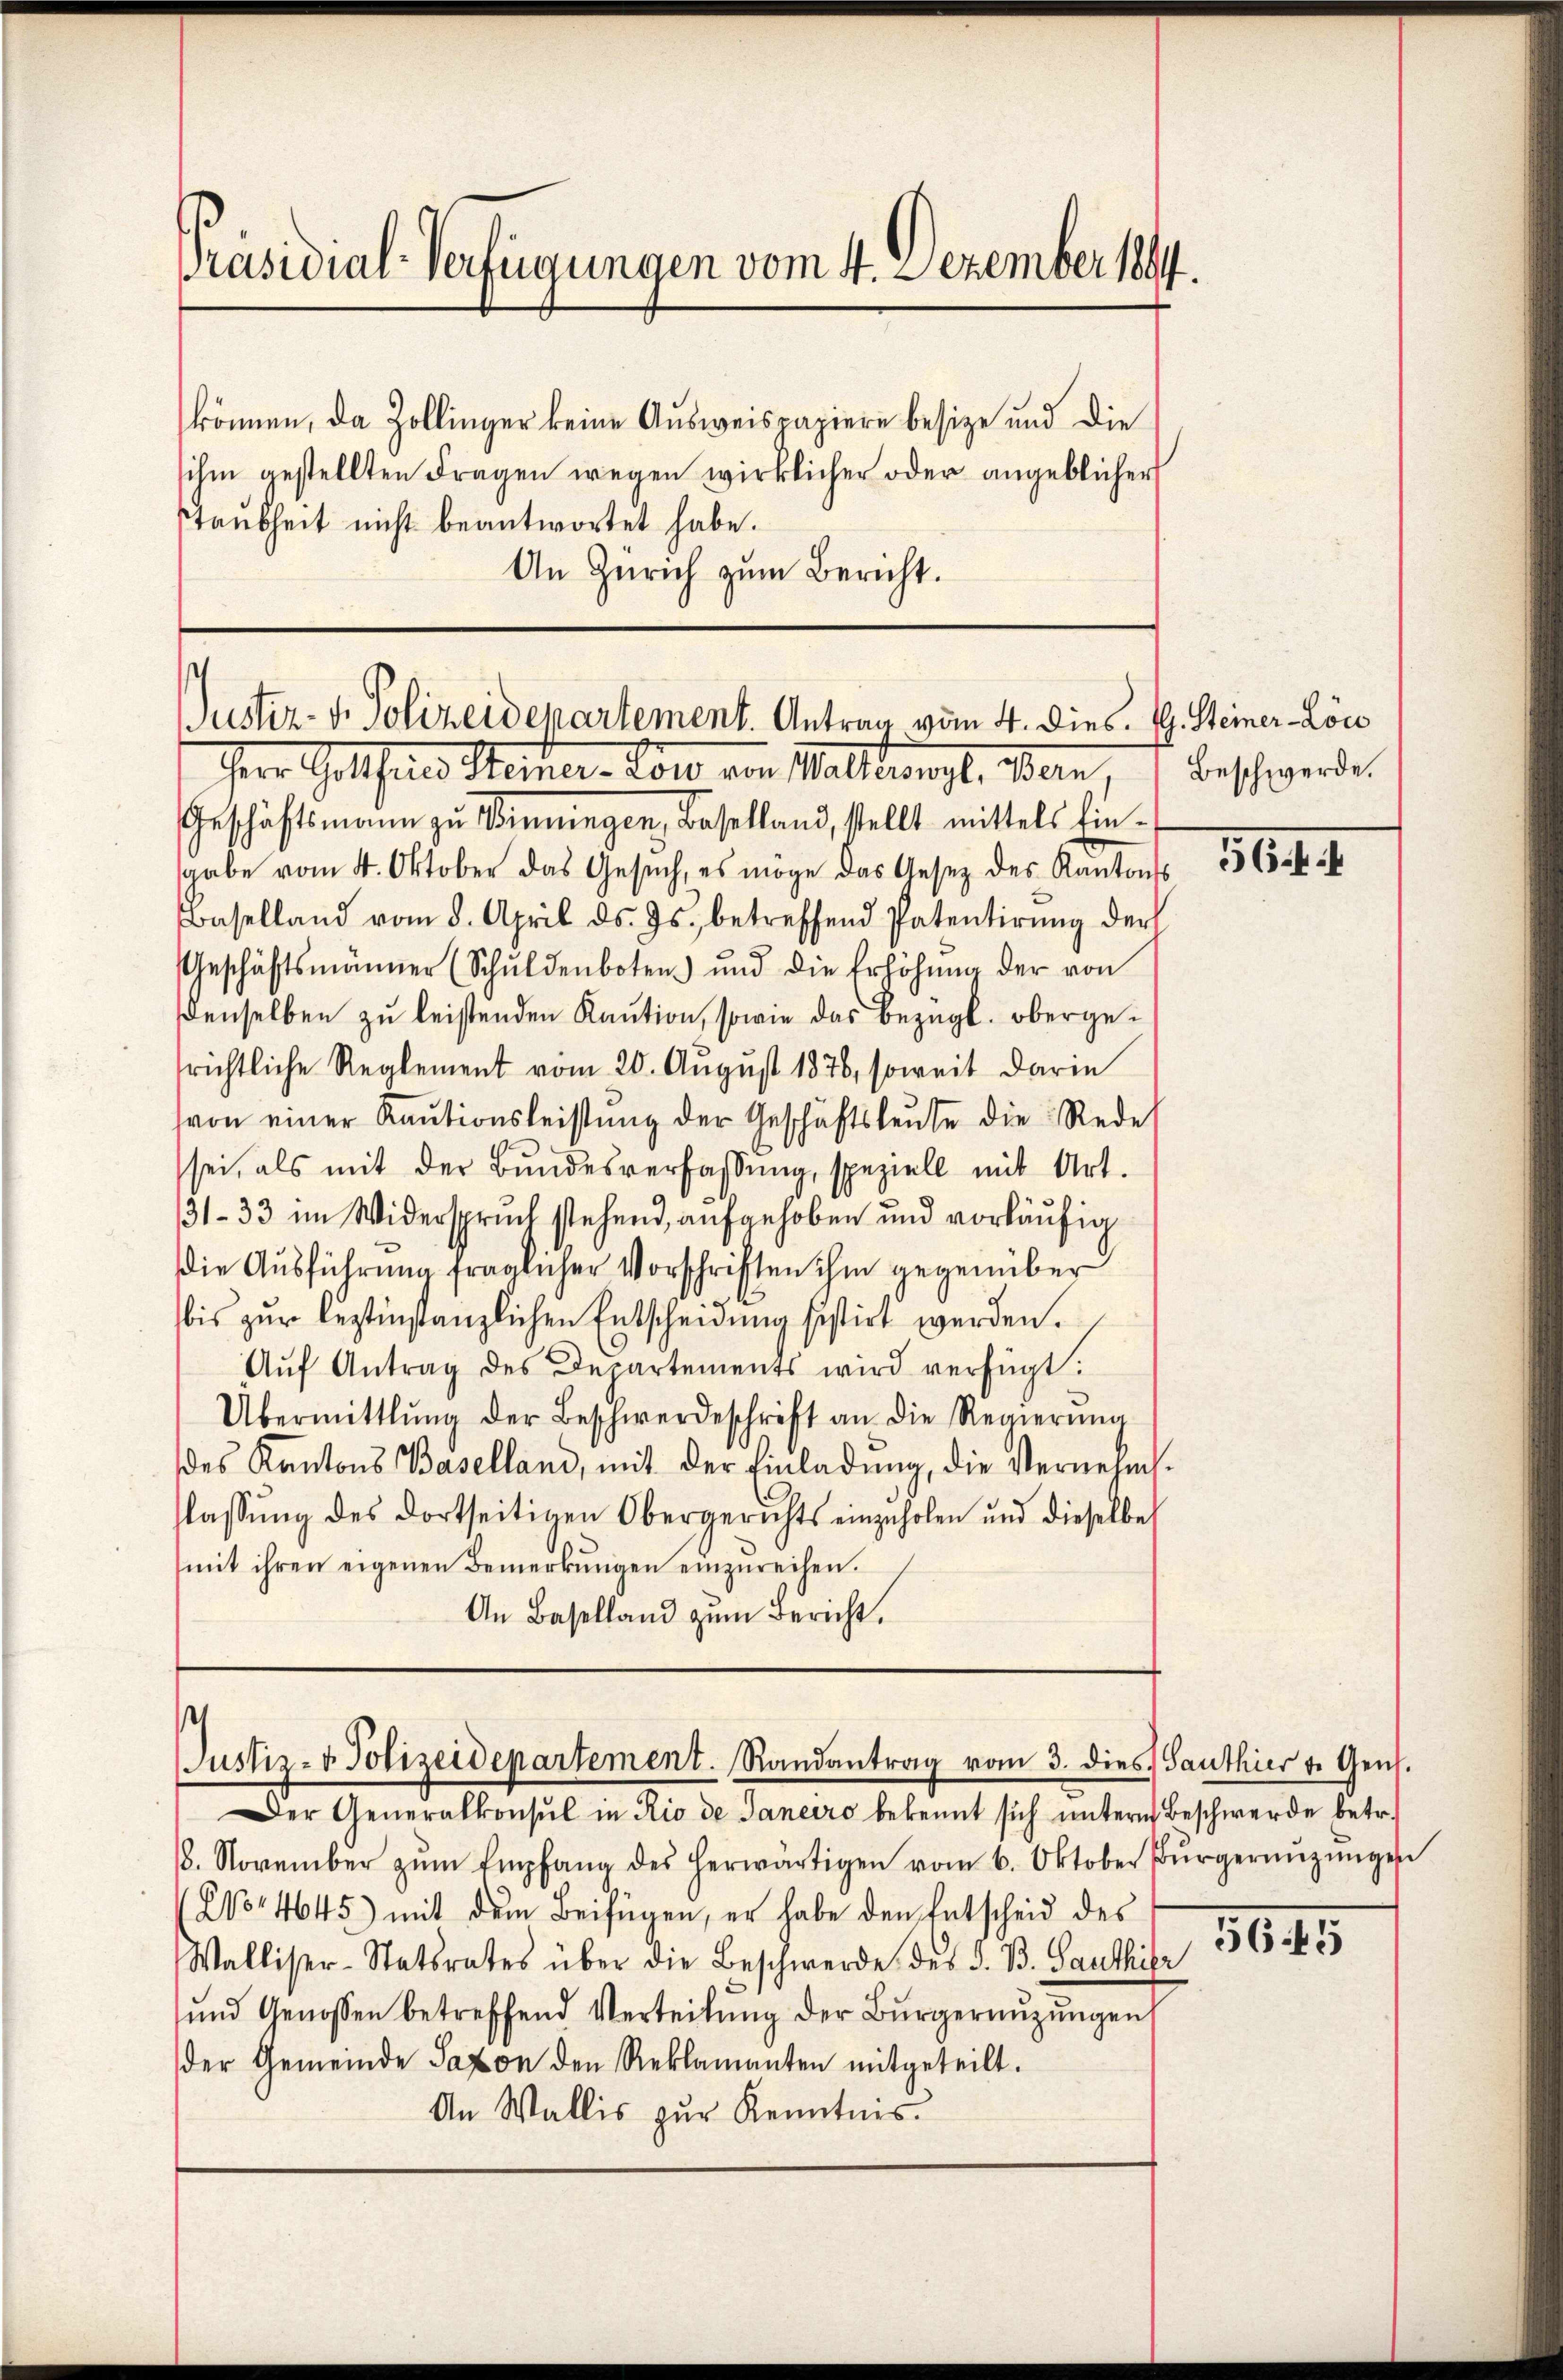
Präsidial-Verfügungen vom 4. Dezember 1894.
können, da Zollinger keine Ausweispapiere besize und die
ihm gestellten Fragen wegen wirklicher oder angeblicher
staubheit nicht beantwortet habe.

An Zürich zum Bericht.

Guster- v. Polizeidepartement. Antrag vom 4. dies. G. Steiner Löc
Herr Gotthares Meier-Lote von Wallingt, Bern, Beschwerde.

¬
Justiz- & Polizeidepartement. Randantrag vom 3. dies Santhier v. Gen.
Der Generalkonsul in Rio de Janeiro bekennt sich ŭnterm Beschwerde betr.

Geschäftsmann zu Winningen, Baselland, stellt mittels Ein-
sgabe vom 4. Oktober das Gesŭch, es möge das Gesetz des Kantonss
Baselland vom 8. April ds. Js. betreffend Patentirŭng der
Geschäftsmänner (Schŭldenboten und die Erhöhŭng der von
denselben zu leistenden Kaution, sowie das bezügl. obergefrichtliche Reglement vom 20. August 1876, soweit darin
(von einer Kaŭtionsleistŭng der Geschäftsleŭte die Rede
sei, als mit der Bŭndesverfassŭng, speziell mit Art.
31-33 im Widerspruch stehend, aufgehoben und vorläŭfig
die Ausführung fraglicher Vorschriften ihm gegenüber
.
bis zŭr bestinstanzlichen Entscheidung sistirt werden.
Aŭf Antrag des Departements wird verfügt:
Übermittlung der Beschwerdeschrift an die Regierŭng
des Kantons Baselland, mit der Einladŭng, die Vernehm.
lassŭng des dortseitigen Obergerichts einzuholen und dieselbe
mit ihren eigenen Bemerkŭngen einzŭreihen.
An Baselland zŭm Bericht.

8. November zŭm Empfang des herwärtigen vom 6. Oktober Bürgernŭgŭngen
Wor4645) mit dem Beifügen, er habe den Entscheid des
Walliser-Statsrates über die Beschwerde des S. B. Santhier
und Genossen betreffend Verteilŭng der Bürgernŭzŭngen
der Gemeinde Saxon den Reklamanten mitgeteilt.
An Wallis zur Kenntnis.

564. 1

5645